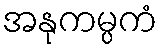
အနုကမ္ပကံ